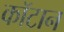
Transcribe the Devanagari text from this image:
कॉटान